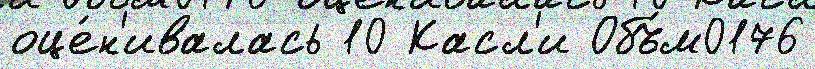
оце́н'ивалась 10 Касл'и Объ́м0176